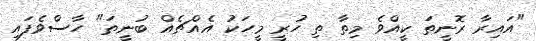
"އައިރާ ރޮނީތަ ކީއްވެ މިތާ ތި ހުރީ މީހަކު އެއްޗެއް ބުނީތަ" ހާސްވެފައި